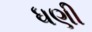
ધણી